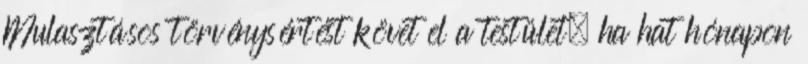
Mulasztásos törvénysértést követ el a testület, ha hat hónapon